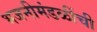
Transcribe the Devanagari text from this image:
भजनीमंडळींची